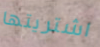
اشتريتها